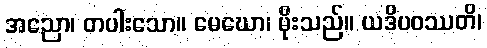
အညော၊ တပါးသော။ မေဃော၊ မိုးသည်။ ယဒိပဝဿတိ၊